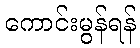
ကောင်းမွန်ရန်